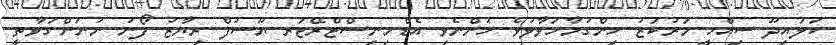
ކަލައިދޫ ސިއްހީ މަރުކަޒު ހިންގުމާހަވާލުވެ ހުންނެވި އެޑްމިނިސްޓްރޭޓަރ ޔޫސުފް ރިޔާޒު ފޯނު ނުނަންގަވާތީ